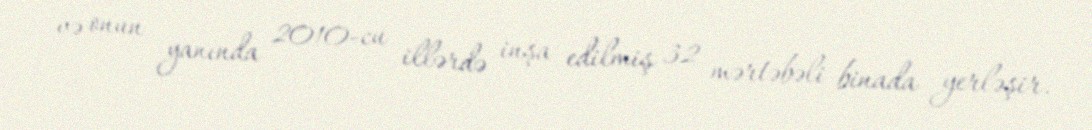
və onun yanında 2010-cu illərdə inşa edilmiş 32 mərtəbəli binada yerləşir.